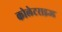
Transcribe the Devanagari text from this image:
कोलेटराइज्ड